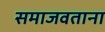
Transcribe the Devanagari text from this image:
समाजवताना